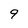
Character: 9